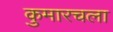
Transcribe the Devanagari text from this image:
कुमारचला